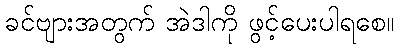
ခင်ဗျားအတွက် အဲဒါကို ဖွင့်ပေးပါရစေ။